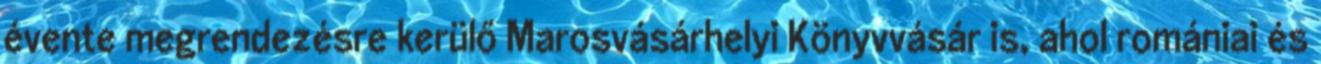
évente megrendezésre kerülő Marosvásárhelyi Könyvvásár is, ahol romániai és